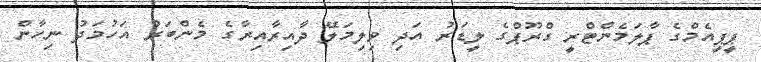
ޕީޕީއެމްގެ ޕާލަމެންޓްރީ ގްރޫޕްގެ ލީޑަރު އަދި ވިލިމަލޭ ދާއިރާއިރާގެ މެންބަރު އަހުމަދު ނިހާން